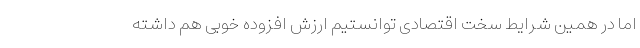
اما در همین شرایط سخت اقتصادی توانستیم ارزش افزوده خوبی هم داشته